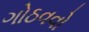
ગોઠવવો